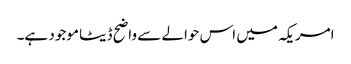
امریکہ میں اس حوالے سے واضح ڈیٹا موجود ہے۔